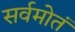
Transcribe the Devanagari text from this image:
सर्वमोतं